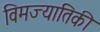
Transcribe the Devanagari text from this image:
विमज्यातिकी